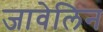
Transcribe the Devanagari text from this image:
जावेलिन